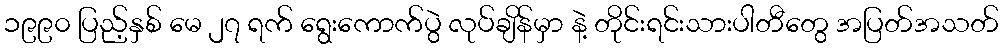
၁၉၉၀ ပြည့်နှစ် မေ ၂၇ ရက် ရွေးကောက်ပွဲ လုပ်ချိန်မှာ နဲ့ တိုင်းရင်းသားပါတီတွေ အပြတ်အသတ်